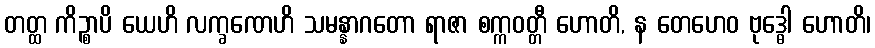
တတ္ထ ကိဉ္စာပိ ယေဟိ လက္ခဏေဟိ သမန္နာဂတော ရာဇာ စက္ကဝတ္တီ ဟောတိ, န တေဟေဝ ဗုဒ္ဓေါ ဟောတိ၊